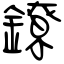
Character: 鐐